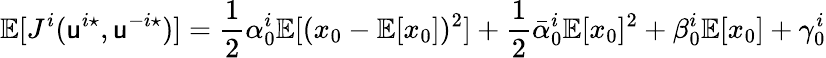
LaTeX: \mathbb{E}[J^{i}(\mathsf{u}^{i\star},\mathsf{u}^{-i\star})]=\frac{1}{2}\alpha_{0}^{i}\mathbb{E}[(x_{0}-\mathbb{E}[x_{0}])^{2}]+\frac{1}{2}\bar{\alpha}_{0}^{i}\mathbb{E}[x_{0}]^{2}+\beta_{0}^{i}\mathbb{E}[x_{0}]+\gamma_{0}^{i}